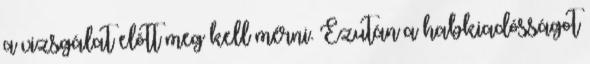
a vizsgálat elõtt meg kell mérni. Ezután a habkiadósságot